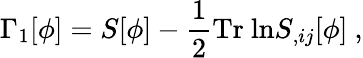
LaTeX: \Gamma_{1}[\phi]=S[\phi]-\frac{1}{2}\mathrm{Tr\ ln}S_{,ij}[\phi]\ ,